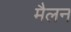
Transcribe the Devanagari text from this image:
मैलन